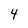
Character: 4